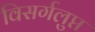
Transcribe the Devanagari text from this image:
विसर्गलुप्त